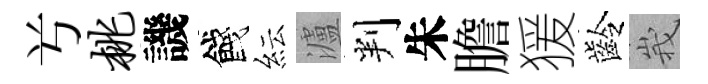
𠔃桃譏餞紜瀘判朱膽猨齡峩